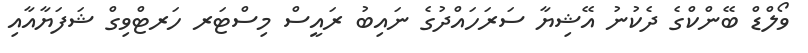
ވޯލްޑް ބޭންކްގެ ދެކުނު އޭޝިޔާ ސަރަހައްދުގެ ނައިބު ރައީސް މިސްޓަރ ހަރޓްވިގް ޝަފަޔާއާއި